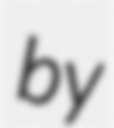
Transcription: by